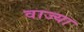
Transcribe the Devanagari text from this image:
वाज्या